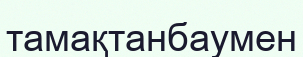
тамақтанбаумен